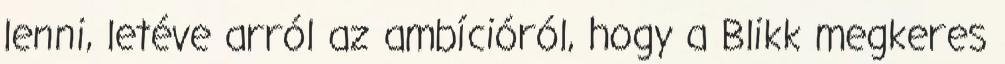
lenni, letéve arról az ambícióról, hogy a Blikk megkeres